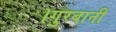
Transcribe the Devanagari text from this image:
।गुरबानी